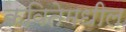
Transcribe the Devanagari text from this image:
कवितेमधील